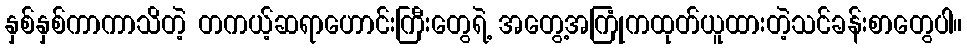
နှစ်နှစ်ကာကာသိတဲ့ တကယ့်ဆရာဟောင်းကြီးတွေရဲ့ အတွေ့အကြုံကထုတ်ယူထားတဲ့သင်ခန်းစာတွေပါ။